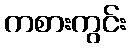
ကစားကွင်း